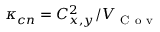
\kappa _ { c n } = C _ { x , y } ^ { 2 } / V _ { \mathrm { ~ C ~ o ~ v ~ } }